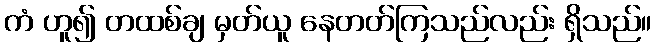
ကံ ဟူ၍ တထစ်ချ မှတ်ယူ နေတတ်ကြသည်လည်း ရှိသည်။